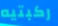
ركبتيه